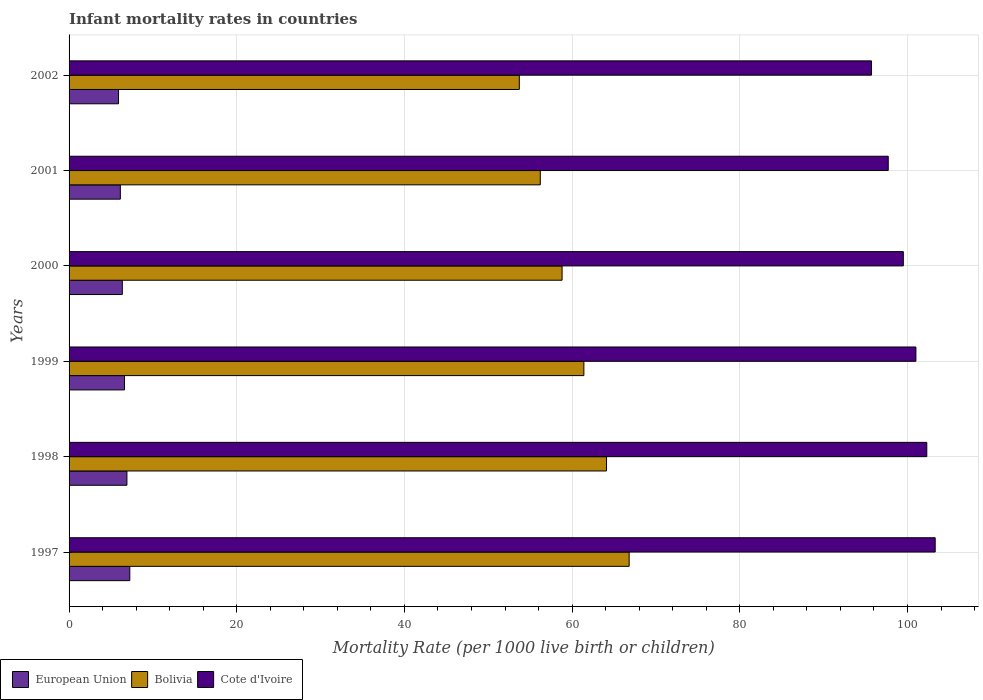
| Years | European Union | Bolivia | Cote d'Ivoire |
 | --- | --- | --- | --- |
 | 1997 | 7.24 | 66.8 | 103 |
 | 1998 | 6.9 | 64.1 | 102 |
 | 1999 | 6.61 | 61.4 | 101 |
 | 2000 | 6.35 | 58.8 | 99.5 |
 | 2001 | 6.11 | 56.2 | 97.7 |
 | 2002 | 5.9 | 53.7 | 95.7 |